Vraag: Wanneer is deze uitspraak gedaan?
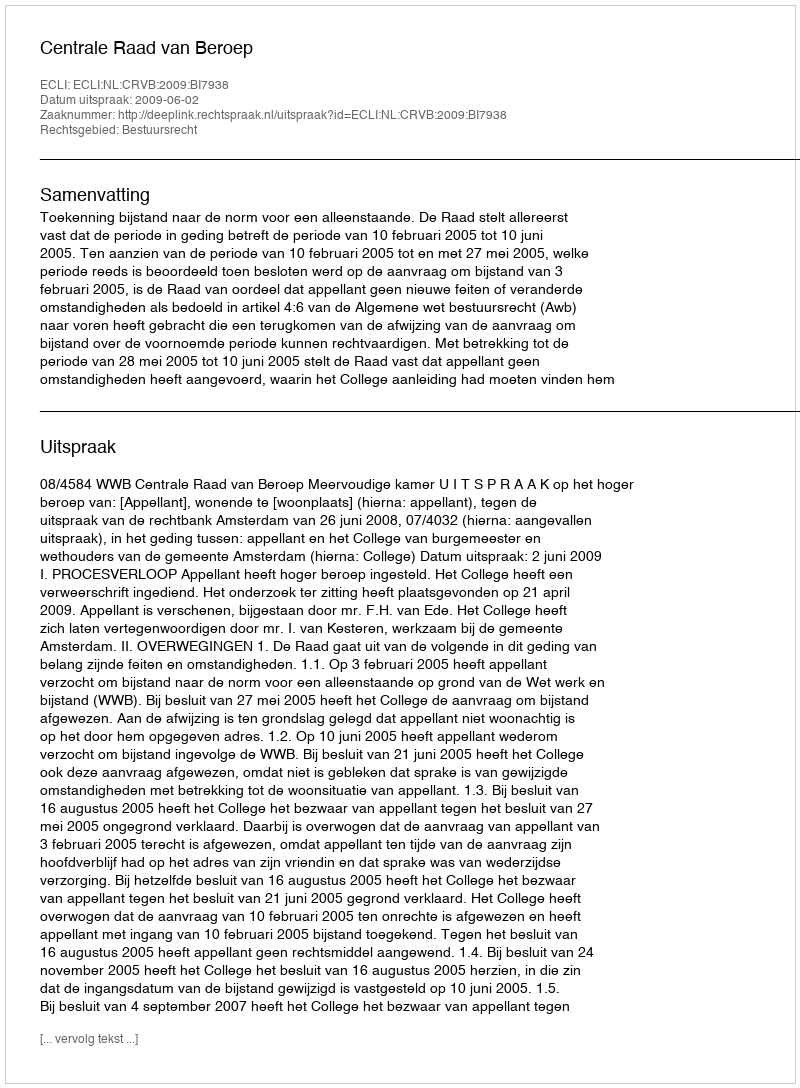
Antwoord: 2009-06-02